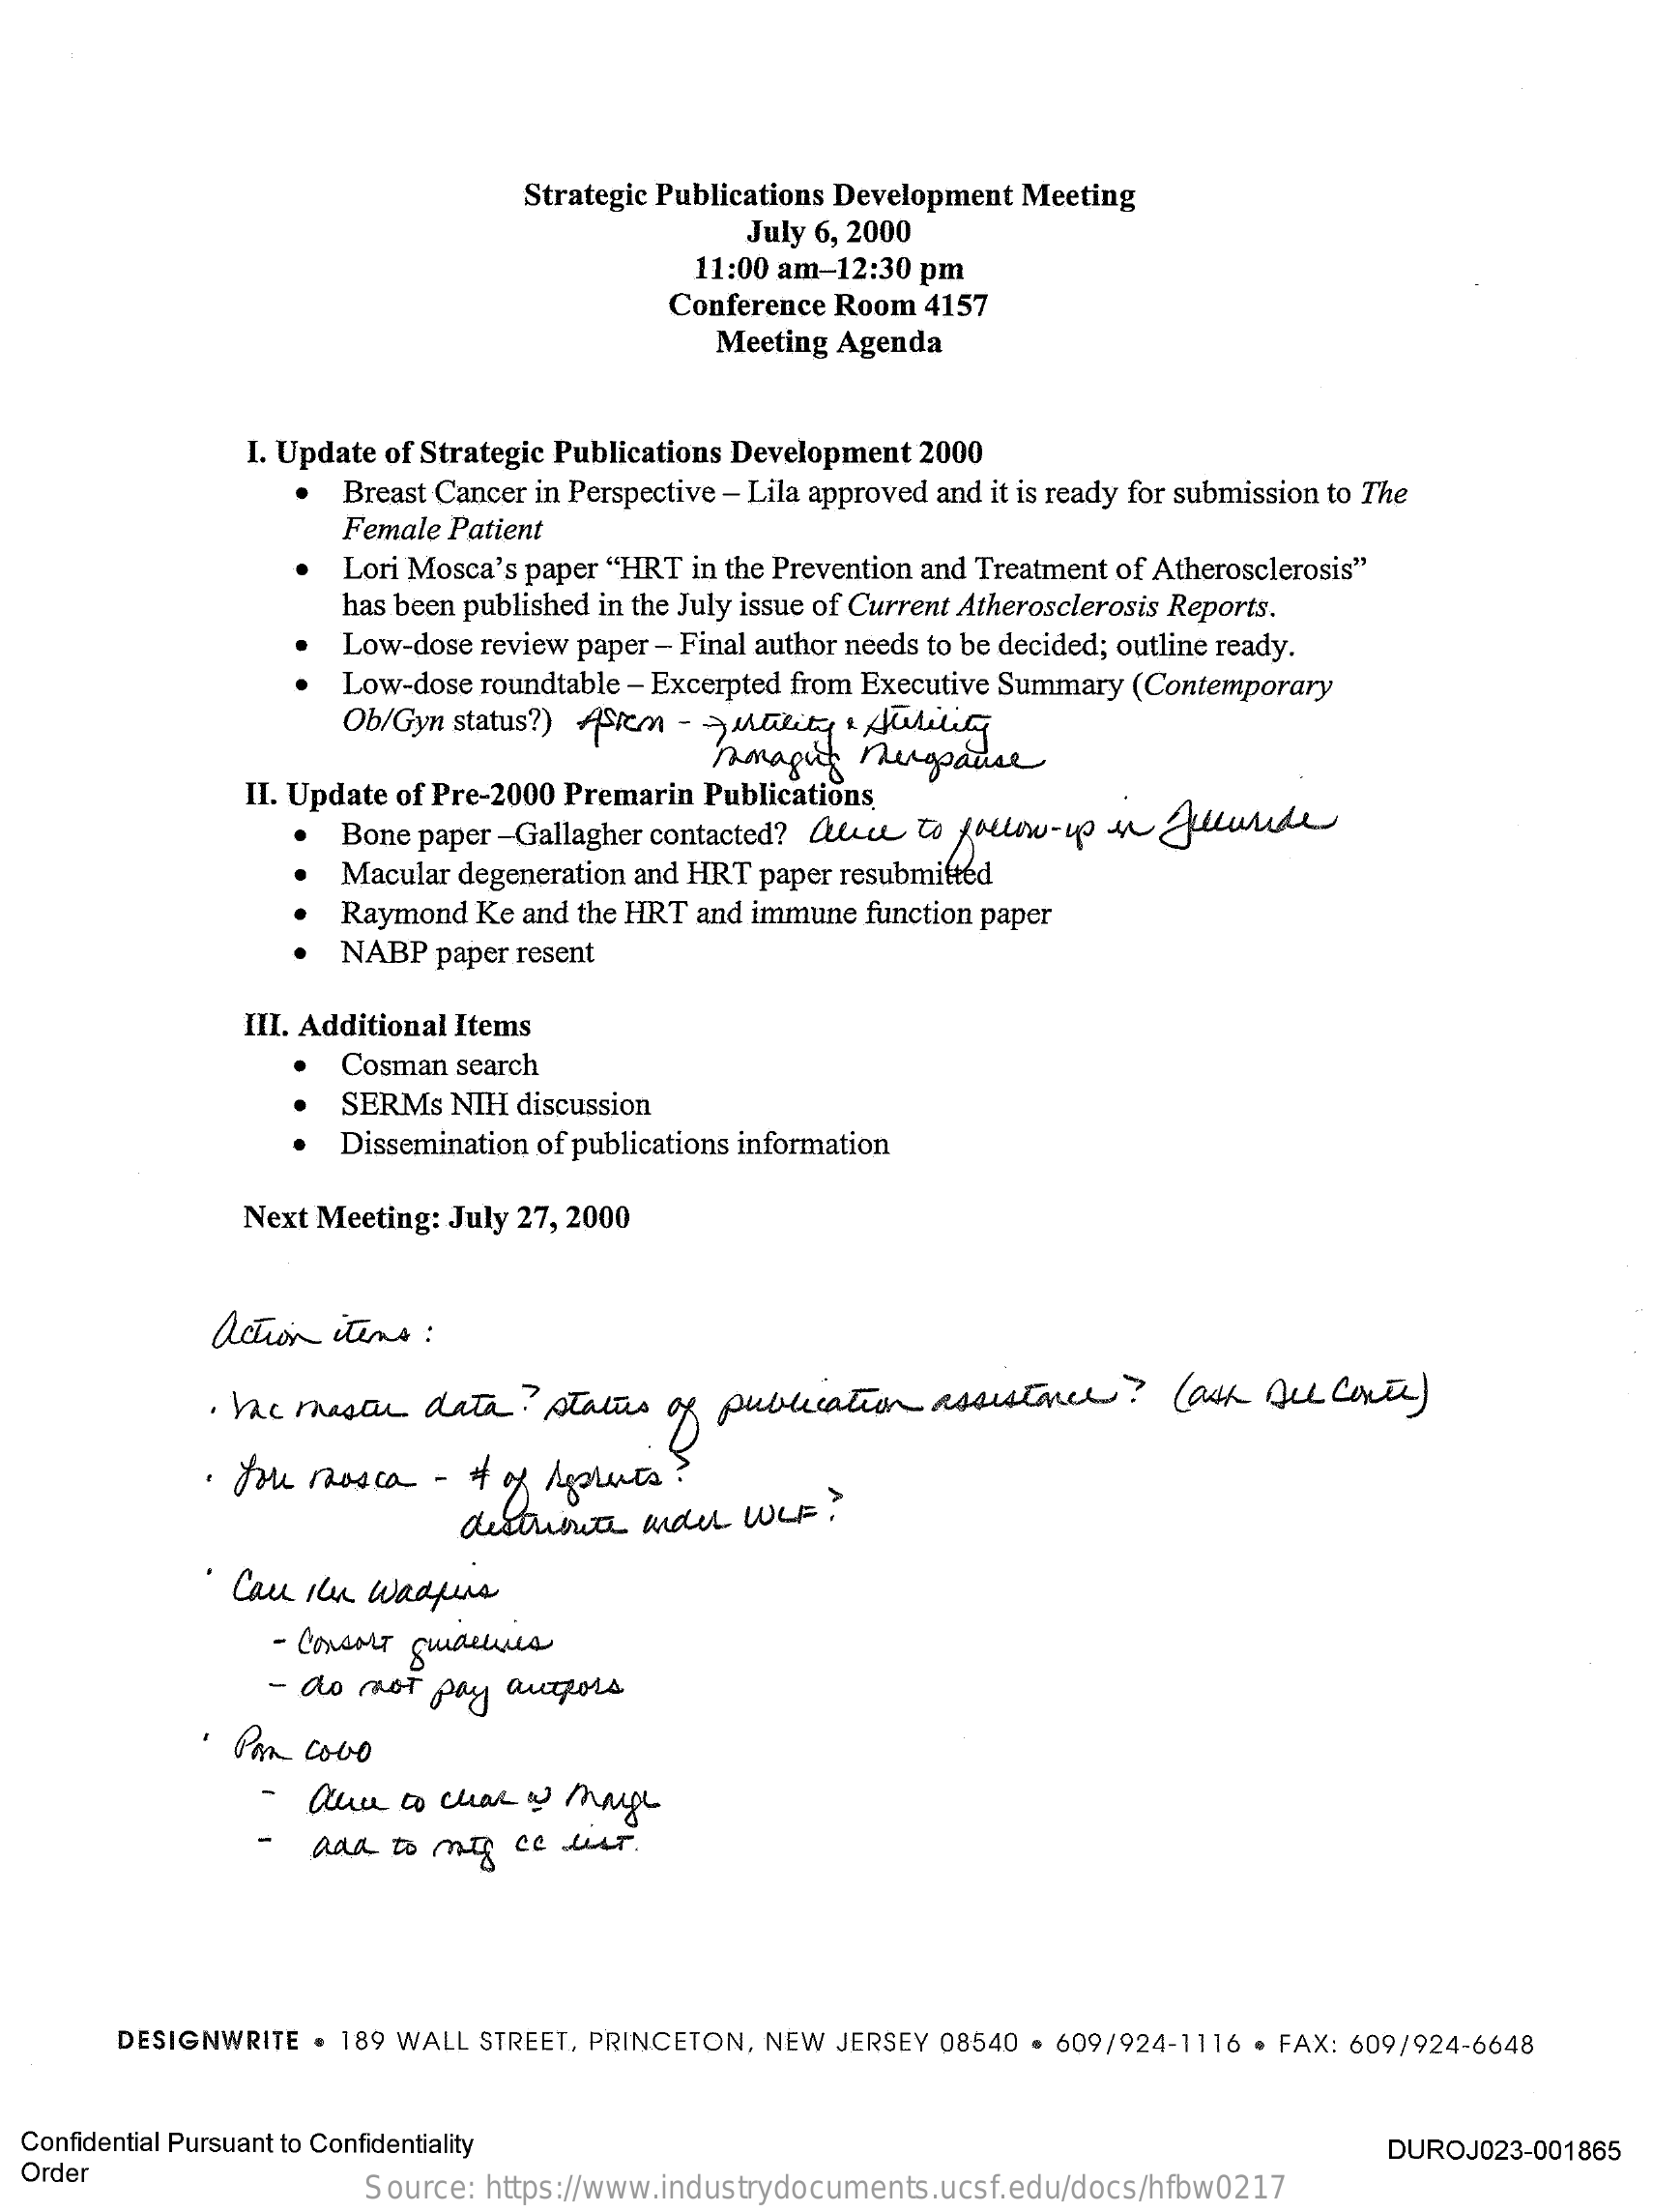
Strategic Publications Development Meeting
     July 6, 2000
     11:00 am-12:30 pm
     Conference Room 4157
     Meeting Agenda
     I. Update of Strategic Publications Development 2000
     Breast Cancer in Perspective - Lila approved and it is ready for submission to The
     Female Patient
     Lori Mosca's paper "HRT in the Prevention and Treatment of Atherosclerosis"
     has been published in the July issue of Current Atherosclerosis Reports.
     Low-dose review paper - Final author needs to be decided; outline ready.
     Low-dose roundtable - Excerpted from Executive Summary (Contemporary
     Ob/Gyn status?) Arm - utility & Auutility
     hmagich nungsause
     II. Update of Pre-2000 Premarin Publications
     Bone paper -Gallagher contacted? Que to follow-up 4 Juusude
     Macular degeneration and HRT paper resubmitted
     Raymond Ke and the HRT and immune function paper
     NABP  paper resent
     III. Additional Items
     Cosman search
     SERMs NIH discussion
     Dissemination of publications information
     Next Meeting: July 27, 2000
     action items :
     . Mc master data ? statues of publication assistance? (ash Del Conte )
     . for mosca - + of Applets ?
     distribute under WLF ?
     . Cau In Wadpers
     - Console guideles
     - do not pay autors
     . Pan covo
     - ale   to char is mage
     - add  to mitg cc hust .
     DESIGNWRITE . 189 WALL STREET, PRINCETON, NEW JERSEY 08540 . 609/924-1116 · FAX: 609/924-6648
  Confidential Pursuant to Confidentiality
  Order
     DUROJ023-001865
     Source: https://www.industrydocuments.ucsf.edu/docs/hfbw0217